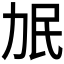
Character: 𰅌